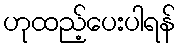
ဟုထည့်ပေးပါရန်